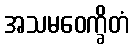
အသမဝေက္ခိတံ